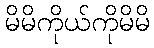
မိမိကိုယ်ကိုမိမိ